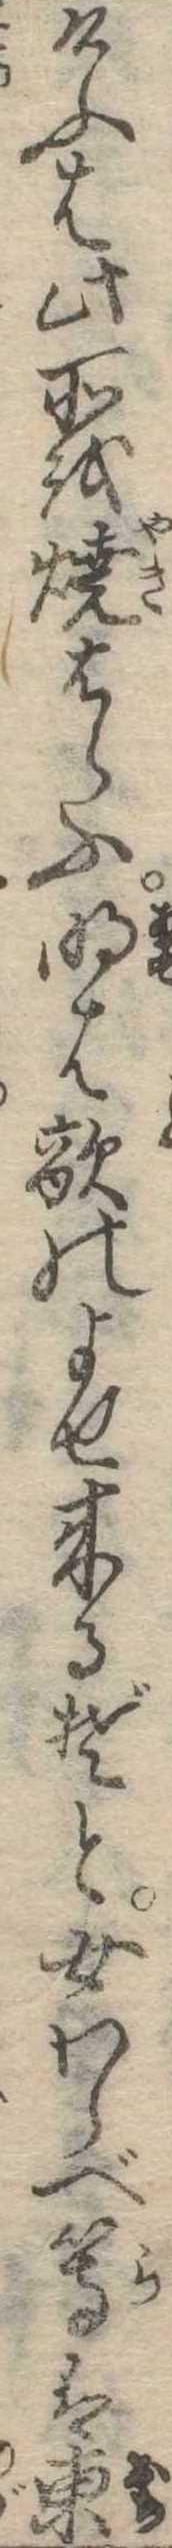
けふは此所を焼はらふ明は敵のよせ来るぞと女わらべ等は東